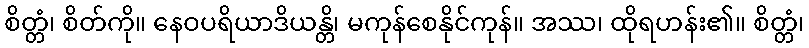
စိတ္တံ၊ စိတ်ကို။ နေဝပရိယာဒိယန္တိ၊ မကုန်စေနိုင်ကုန်။ အဿ၊ ထိုရဟန်း၏။ စိတ္တံ၊